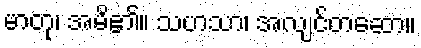
မာတု၊ အမိ၏။ သဟသာ၊ အလျင်တဆော။